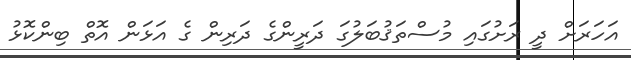
އަހަރަށް ދީ ރަށުގައި މުސްތަޤުބަލުގަ ދަރީންގެ ދަރިން ގެ އަޅަން އޮތް ބިންކޮޅު